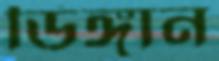
ডিঙ্গান